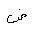
Letter: _dad